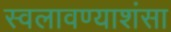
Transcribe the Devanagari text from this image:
स्वलावण्याशंसा